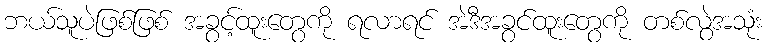
ဘယ်သူပဲဖြစ်ဖြစ် အခွင့်ထူးတွေကို ရလာရင် အဲဒီအခွင်ထူးတွေကို တစ်လွဲအသုံး